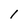
Character: l